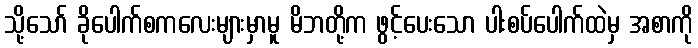
သို့သော် ခိုပေါက်စကလေးများမှာမူ မိဘတို့က ဖွင့်ပေးသော ပါးစပ်ပေါက်ထဲမှ အစာကို